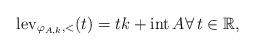
LaTeX: \begin{align*} \operatorname*{lev}\nolimits_{\varphi_{A,k},<}(t)=tk+ \operatorname*{int}A \forall\, t \in \mathbb{R}, \end{align*}